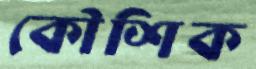
কৌশিক